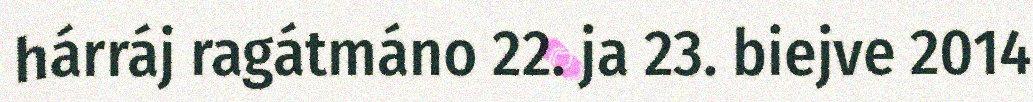
hárráj ragátmáno 22. ja 23. biejve 2014